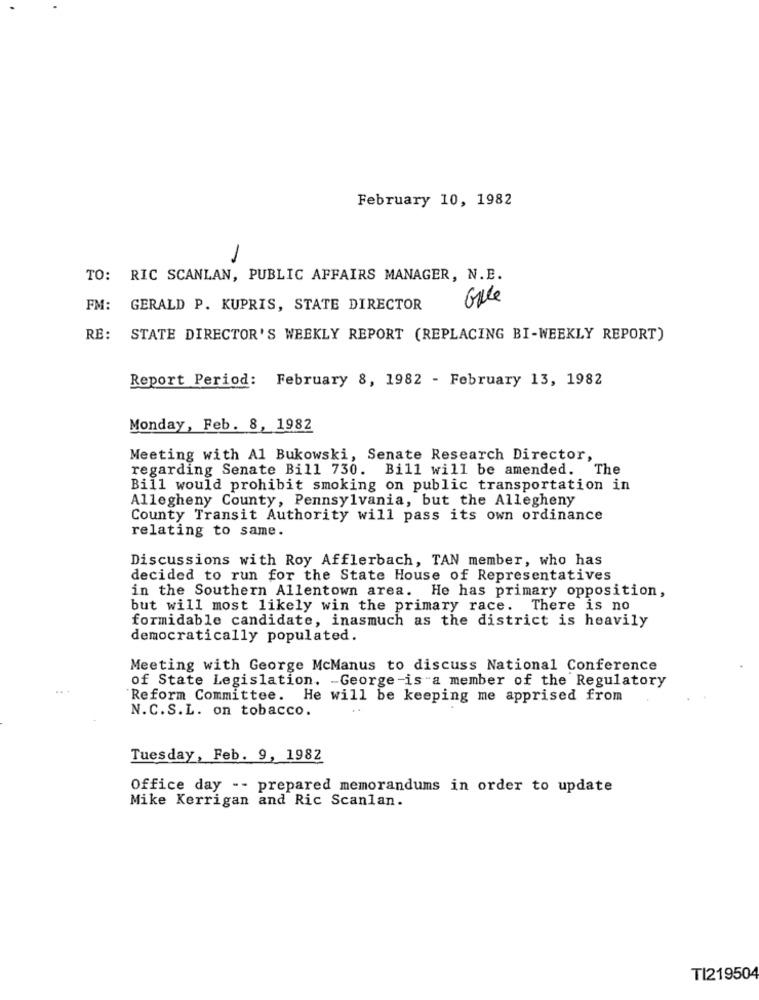
February 10, 1982
TO: RIC SCANLAN, PUBLIC AFFAIRS MANAGER, N.B.
Gule
FM:
GERALD P. KUPRIS, STATE DIRECTOR
RE:
STATE DIRECTOR'S WEEKLY REPORT (REPLACING BI-WEEKLY REPORT)
Report Period: February 8, 1982 - February 13, 1982
Monday, Feb. 8, 1982
Meeting with Al Bukowski, Senate Research Director,
regarding Senate Bill 730. Bill will be amended. The
Bill would prohibit smoking on public transportation in
Allegheny County, Pennsylvania, but the Allegheny
County Transit Authority will pass its own ordinance
relating to same.
Discussions with Roy Afflerbach, TAN member, who has
decided to run for the State House of Representatives
in the Southern Allentown area. He has primary opposition,
but will most likely win the primary race. There is no
formidable candidate, inasmuch as the district is heavily
democratically populated.
Meeting with George McManus to discuss National Conference
of State Legislation. - George -is a member of the Regulatory
'Reform Committee. He will be keeping me apprised from
N.C.S.L. on tobacco.
Tuesday, Feb. 9, 1982
Office day -- prepared memorandums in order to update
Mike Kerrigan and Ric Scanlan.
TI219504